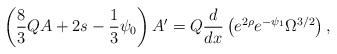
LaTeX: \begin{align*}\left( \frac{8}{3}QA+2s-\frac{1}{3}\psi_0 \right)A' = Q\frac{d}{dx} \left( e^{2\rho} e^{-\psi_1} \Omega^{3/2} \right) ,\end{align*}